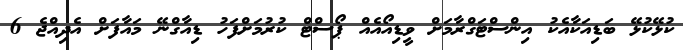
ކުޅޭކުޅޭ ބަޑިއަކާއެކު އިންސްޓަގްރާމަށް ވީޑިއޯއެއް ޕޯސްޓް ކުރުމަށްފަހު ޑިއާގްނޭ މައާފަށް އެދިއްޖެ 6